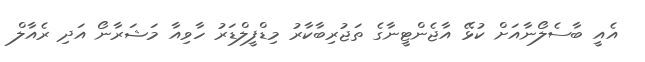
އެއީ ބާސެލޯނާއަށް ކުޅޭ އާޖެންޓީނާގެ ތަޖުރިބާކާރު މިޑްފީލްޑަރު ހާވިއާ މަޝަރާނޯ އަދި ރެއާލް